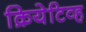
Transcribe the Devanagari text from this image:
क्रियेटिव्ह